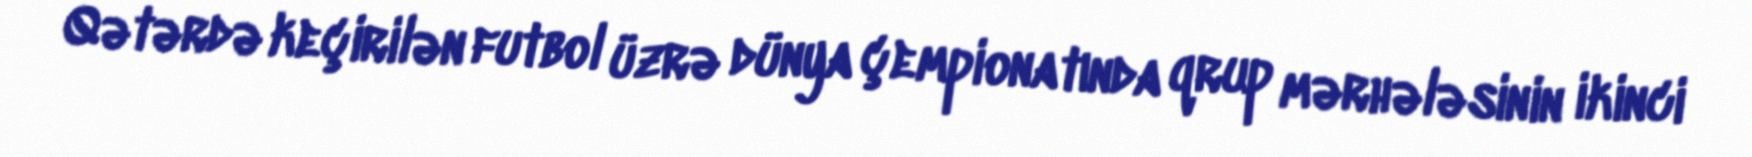
Qətərdə keçirilən futbol üzrə dünya çempionatında qrup mərhələsinin ikinci